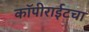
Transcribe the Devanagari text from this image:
कॉपीराईटचा